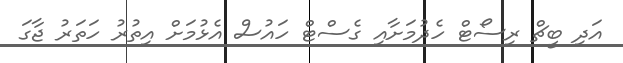
އަދި ބީޗް ރިސޯޓް ހެދުމަށާއި ގެސްޓް ހައުސް އެޅުމަށް އިތުރު ހަތަރު ޖާގަ